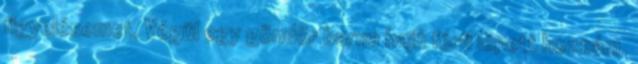
figyelésemet. Végül egy göndör barna hajú férfi lépett hozzám.